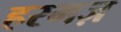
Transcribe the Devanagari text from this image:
हरमज़